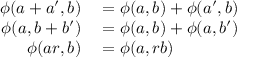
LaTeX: \begin{array} { r l } { \phi ( a + a ^ { \prime } , b ) } & { { } = \phi ( a , b ) + \phi ( a ^ { \prime } , b ) } \\ { \phi ( a , b + b ^ { \prime } ) } & { { } = \phi ( a , b ) + \phi ( a , b ^ { \prime } ) } \\ { \phi ( a r , b ) } & { { } = \phi ( a , r b ) } \end{array}